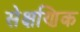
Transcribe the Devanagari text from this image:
सेक्षणिक